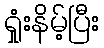
ရှုံးနိမ့်ပြီး